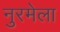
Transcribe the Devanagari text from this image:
नुरमेला